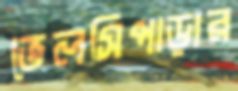
ভেলসিপাড়ার